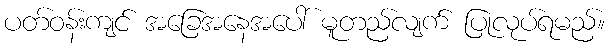
ပတ်ဝန်းကျင် အခြေအနေအပေါ် မူတည်လျက် ပြုလုပ်ရမည်။